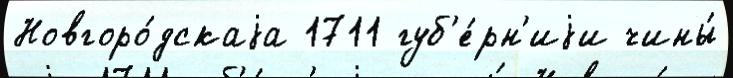
Новгоро́дскаjа 1711 губ'е́рн'иjи чины́